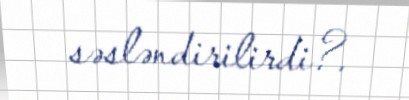
səsləndirilirdi?.